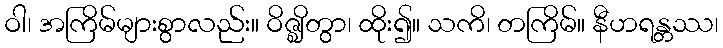
ဝါ၊ အကြိမ်များစွာလည်း။ ဝိဇ္ဈိတွာ၊ ထိုး၍။ သကိ၊ တကြိမ်။ နီဟရန္တဿ၊